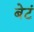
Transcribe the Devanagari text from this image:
बेटं